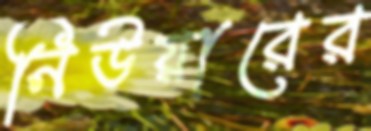
নিউয়ারের